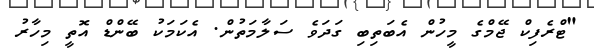
"ޓްރެފިކް ޖޭމްގެ މީހުން އެބަތިބި ގަދަވެ ސަލާމަތުން. އެކަމަކު ބޭންޑް އޮތީ މިހާރު